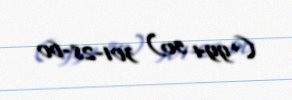
(+994 50) 301-28-60